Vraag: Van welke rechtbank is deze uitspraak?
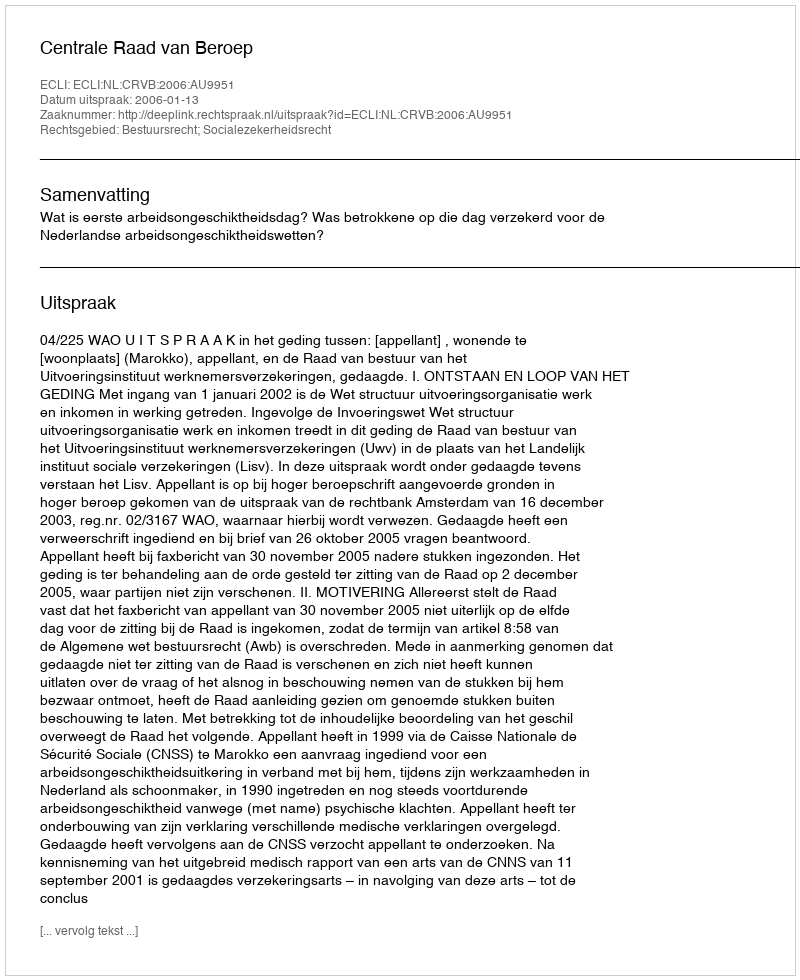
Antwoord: Centrale Raad van Beroep